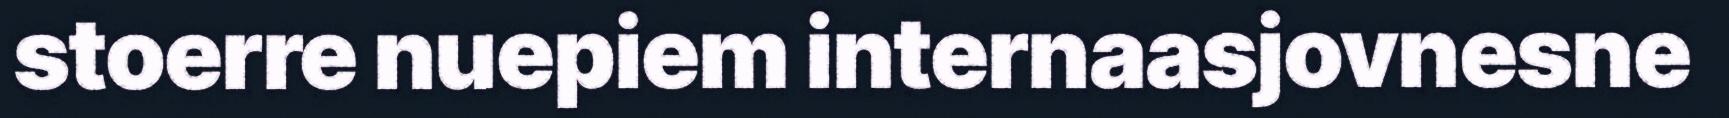
stoerre nuepiem internaasjovnesne